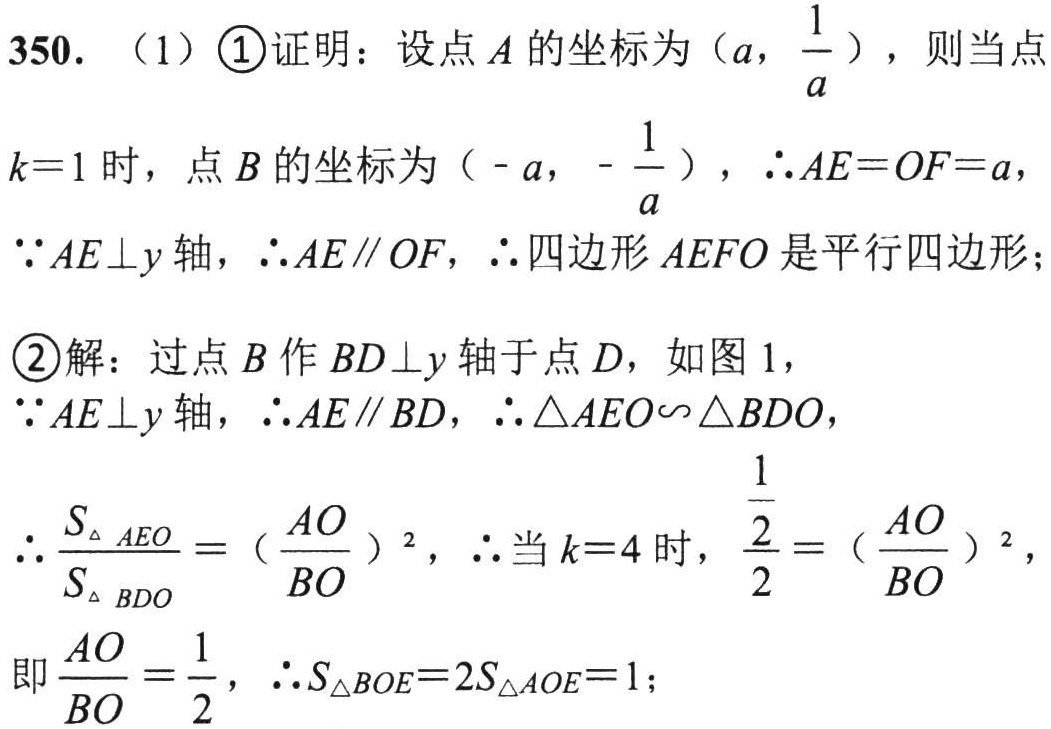
350. （1）\textcircled{1}证明：设点\(A\)的坐标为\((a,\frac{1}{a})\)，则当点\(k = 1\)时，点\(B\)的坐标为\((-a,-\frac{1}{a})\)，\(\therefore AE = OF = a\)，\(\because AE\perp y\)轴，\(\therefore AE\parallel OF\)，\(\therefore\)四边形\(AEFO\)是平行四边形；

\textcircled{2}解：过点\(B\)作\(BD\perp y\)轴于点\(D\)，如图1，\(\because AE\perp y\)轴，\(\therefore AE\parallel BD\)，\(\therefore\triangle AEO\sim\triangle BDO\)，\(\therefore\frac{S_{\triangle AEO}}{S_{\triangle BDO}} = (\frac{AO}{BO})^2\)，\(\therefore\)当\(k = 4\)时，\(\frac{\frac{1}{2}}{2} = (\frac{AO}{BO})^2\)，即\(\frac{AO}{BO} = \frac{1}{2}\)，\(\therefore S_{\triangle BOE}=2S_{\triangle AOE}=1\)；